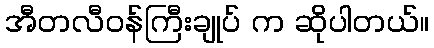
အီတလီဝန်ကြီးချုပ် က ဆိုပါတယ်။